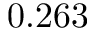
0 . 2 6 3